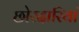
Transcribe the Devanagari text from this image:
छोरदारियां